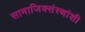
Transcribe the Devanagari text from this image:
सामाजिक्संस्थांशी